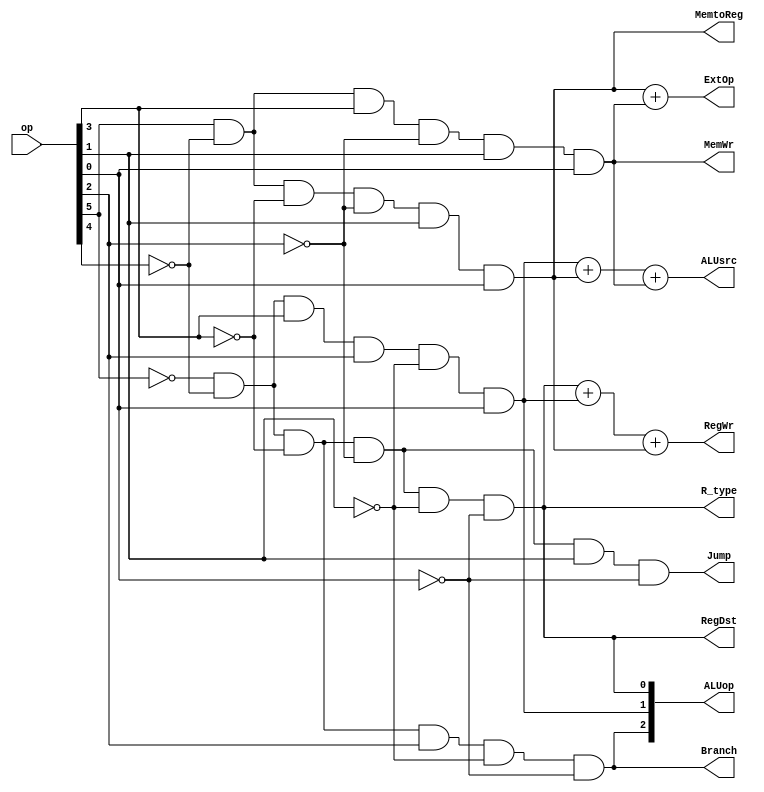
module centerControl_112(op, RegDst, ALUsrc, MemtoReg, RegWr, MemWr, Branch, Jump, ExtOp, ALUop, R_type);

input [5:0] op;
output RegDst, ALUsrc, MemtoReg, RegWr, MemWr, Branch, Jump, ExtOp, R_type;
output [2:0] ALUop;

assign RegDst = (!op[5] & !op[4] & !op[3] & !op[2] & !op[1] & !op[0]);
assign ALUsrc = (!op[5] & !op[4] & op[3] & op[2] & !op[1] & op[0])
                + (op[5] & !op[4] & !op[3] & !op[2] & op[1] & op[0])
                + (op[5] & !op[4] & op[3] & !op[2] & op[1] & op[0]);
assign MemtoReg = (op[5] & !op[4] & !op[3] & !op[2] & op[1] & op[0]);
assign RegWr = (!op[5] & !op[4] & !op[3] & !op[2] & !op[1] & !op[0])
                + (!op[5] & !op[4] & op[3] & op[2] & !op[1] & op[0])
                + (op[5] & !op[4] & !op[3] & !op[2] & op[1] & op[0]);
assign MemWr = (op[5] & !op[4] & op[3] & !op[2] & op[1] & op[0]);
assign Branch = (!op[5] & !op[4] & !op[3] & op[2] & !op[1] & !op[0]);
assign Jump = (!op[5] & !op[4] & !op[3] & !op[2] & op[1] & !op[0]);
assign ExtOp = (op[5] & !op[4] & !op[3] & !op[2] & op[1] & op[0])
            + (op[5] & !op[4] & op[3] & !op[2] & op[1] & op[0]);
assign ALUop[2] = (!op[5] & !op[4] & !op[3] & op[2] & !op[1] & !op[0]);
assign ALUop[1] = (!op[5] & !op[4] & op[3] & op[2] & !op[1] & op[0]);
assign ALUop[0] = (!op[5] & !op[4] & !op[3] & !op[2] & !op[1] & !op[0]);
assign R_type = (!op[5] & !op[4] & !op[3] & !op[2] & !op[1] & !op[0]);

endmodule